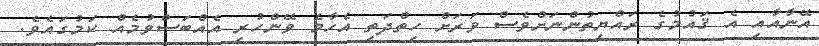
އޭނާއާއި އެ ޤައުމުގެ ރައްޔިތުންނަށްވެސް ވަރަށް ހިތްދަތި އެހާމެ ވޭންހުރި އެއްބަސްވުމެއް ކަމުގައެވެ.